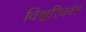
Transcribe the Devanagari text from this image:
विश्वरिकॉर्ड